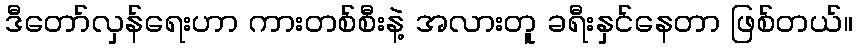
ဒီတော်လှန်ရေးဟာ ကားတစ်စီးနဲ့ အလားတူ ခရီးနှင်နေတာ ဖြစ်တယ်။